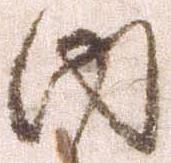
内